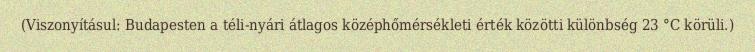
(Viszonyításul: Budapesten a téli-nyári átlagos középhőmérsékleti érték közötti különbség 23 °C körüli.)